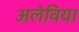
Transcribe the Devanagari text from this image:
अलेविया